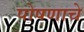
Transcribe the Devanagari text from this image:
पोषणाचे